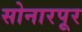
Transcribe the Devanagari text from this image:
सोनारपूर